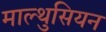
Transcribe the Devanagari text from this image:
माल्थुसियन